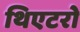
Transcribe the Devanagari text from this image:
थिएटरो